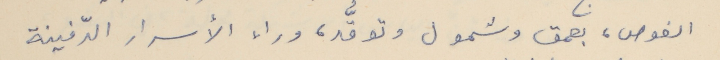
الغوص، بعمق وشمول وتوقُّد، وراء الأسرار الدّفينة